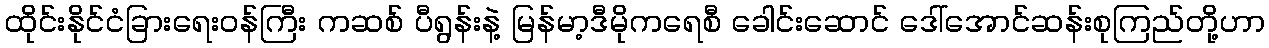
ထိုင်းနိုင်ငံခြားရေးဝန်ကြီး ကဆစ် ပီရွန်းနဲ့ မြန်မာ့ဒီမိုကရေစီ ခေါင်းဆောင် ဒေါ်အောင်ဆန်းစုကြည်တို့ဟာ